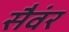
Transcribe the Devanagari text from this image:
सैवंर